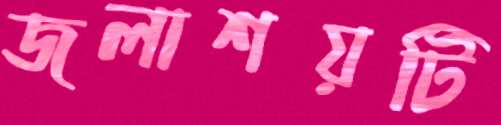
জলাশয়টি